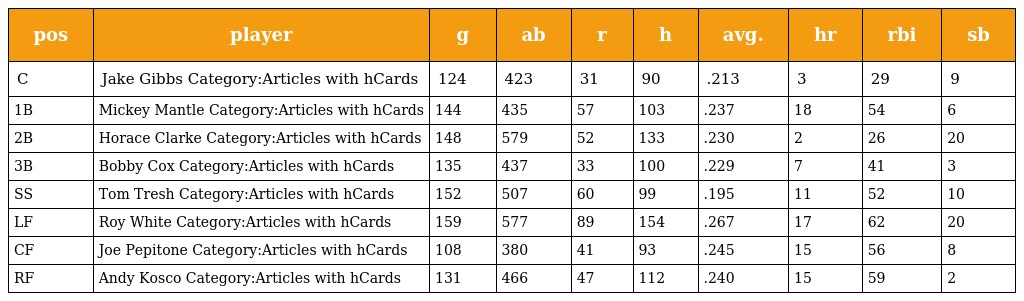
| pos | player | g | ab | r | h | avg. | hr | rbi | sb |
 | --- | --- | --- | --- | --- | --- | --- | --- | --- | --- |
 | C | Jake Gibbs Category:Articles with hCards | 124 | 423 | 31 | 90 | .213 | 3 | 29 | 9 |
 | 1B | Mickey Mantle Category:Articles with hCards | 144 | 435 | 57 | 103 | .237 | 18 | 54 | 6 |
 | 2B | Horace Clarke Category:Articles with hCards | 148 | 579 | 52 | 133 | .230 | 2 | 26 | 20 |
 | 3B | Bobby Cox Category:Articles with hCards | 135 | 437 | 33 | 100 | .229 | 7 | 41 | 3 |
 | SS | Tom Tresh Category:Articles with hCards | 152 | 507 | 60 | 99 | .195 | 11 | 52 | 10 |
 | LF | Roy White Category:Articles with hCards | 159 | 577 | 89 | 154 | .267 | 17 | 62 | 20 |
 | CF | Joe Pepitone Category:Articles with hCards | 108 | 380 | 41 | 93 | .245 | 15 | 56 | 8 |
 | RF | Andy Kosco Category:Articles with hCards | 131 | 466 | 47 | 112 | .240 | 15 | 59 | 2 |